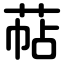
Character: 萜